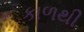
કાળથી